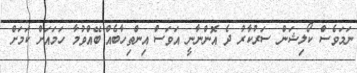
ނަމަވެސް ކޯލިޝަން ސަރުކާރު ދެ އޮންނާނީ އަވަސް އިންތިހާބެއް ބޭއްވުމާ ހަމައަށް ކަމަށް